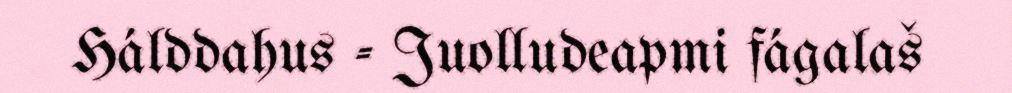
Hálddahus - Juolludeapmi fágalaš